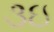
૩ઇ